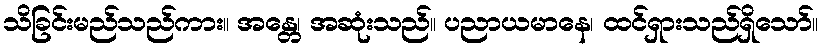
သိခြင်းမည်သည်ကား။ အန္တေ၊ အဆုံးသည်။ ပညာယမာနေ၊ ထင်ရှားသည်ရှိသော်။